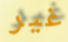
غير